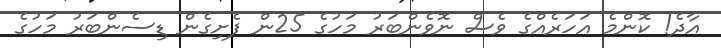
އާދެ! ކޮންމެ އަހަރެއްގެ ވެސް ނޮވެންބަރު މަހުގެ 25ން ފެށިގެން ޑިސެންބަރު މަހުގެ